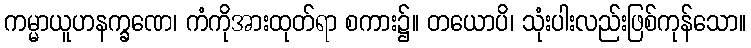
ကမ္မာယူဟနက္ခဏေ၊ ကံကိုအားထုတ်ရာ စကား၌။ တယောပိ၊ သုံးပါးလည်းဖြစ်ကုန်သော။